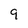
Character: 9